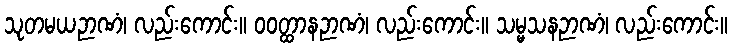
သုတမယဉာဏံ၊ လည်းကောင်း။ ဝဝတ္ထာနဉာဏံ၊ လည်းကောင်း။ သမ္မသနဉာဏံ၊ လည်းကောင်း။